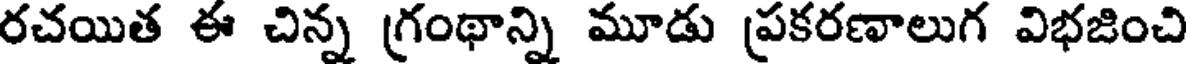
రచయిత ఈ చిన్న గ్రంథాన్ని మూడు ప్రకరణాలుగ విభజించి